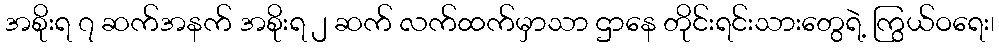
အစိုးရ ၇ ဆက်အနက် အစိုးရ ၂ ဆက် လက်ထက်မှာသာ ဌာနေ တိုင်းရင်းသားတွေရဲ့ ကြွယ်ဝရေး၊